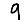
Digit: 9